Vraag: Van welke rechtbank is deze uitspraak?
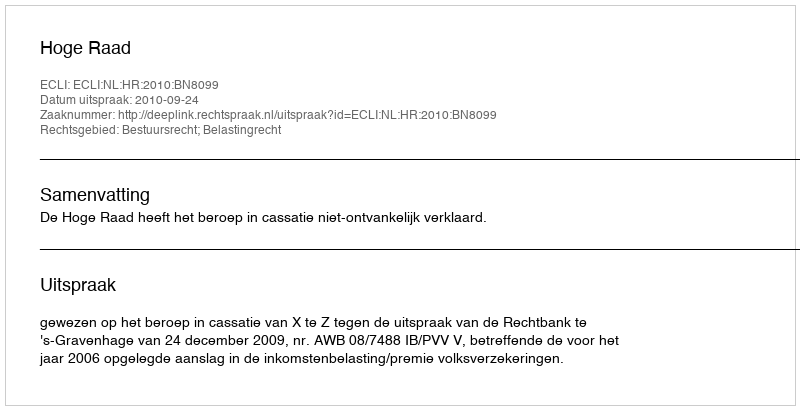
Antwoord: Hoge Raad